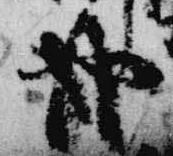
哉